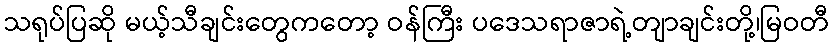
သရုပ်ပြဆို မယ့်သီချင်းတွေကတော့ ဝန်ကြီး ပဒေသရာဇာရဲ့တျာချင်းတို့၊မြဝတီ